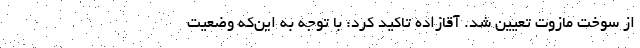
از سوخت مازوت تعیین شد. آقازاده تاکید کرد: با توجه به این‌که وضعیت